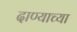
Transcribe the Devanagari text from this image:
दाण्याच्या